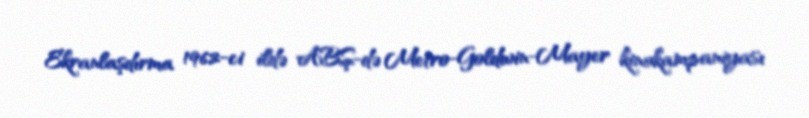
Ekranlaşdırma 1962-ci ildə ABŞ-də Metro-Goldwin-Mayer kinokampaniyası